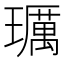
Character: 𤪲